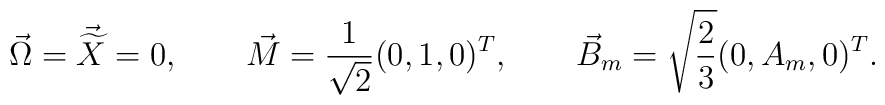
\vec{\Omega}=\vec{\widetilde{X}}=0,\qquad \vec{M}=\frac{1}{\sqrt{2}}(0,1,0)^T,\qquad \vec{B}_m=\sqrt{\frac{2}{3}}(0,A_m,0)^T.